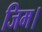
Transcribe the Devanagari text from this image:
जिम।